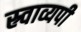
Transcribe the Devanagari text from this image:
स्र्वाव्यपी